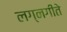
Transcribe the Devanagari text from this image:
लग्नगीते